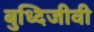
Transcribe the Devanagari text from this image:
बुध्दिजीवी